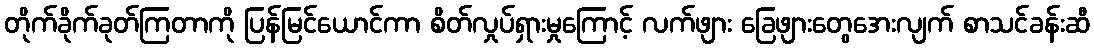
တိုက်ခိုက်ခုတ်ကြတာကို ပြန်မြင်ယောင်ကာ စိတ်လှုပ်ရှားမှုကြောင့် လက်ဖျား ခြေဖျားတွေအေးလျက် စာသင်ခန်းဆီ